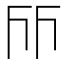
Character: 𠀞